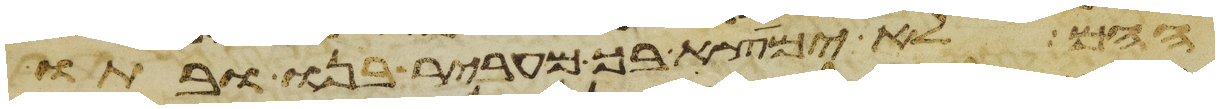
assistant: ההם לא ימצא בך מעביר בנו ובתו